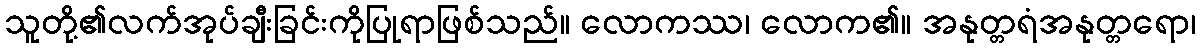
သူတို့၏လက်အုပ်ချီးခြင်းကိုပြုရာဖြစ်သည်။ လောကဿ၊ လောက၏။ အနုတ္တရံအနုတ္တရော၊